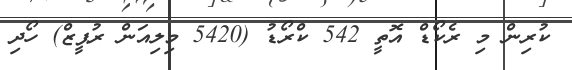
ކުރިން މި ރެކޯޑް އޮތީ 542 ކްރޯޑު (5420 މިލިއަން ރުޕީޒް) ހޯދި